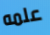
علمه